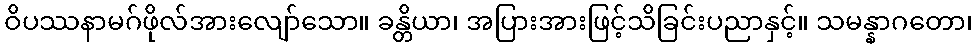
ဝိပဿနာမဂ်ဖိုလ်အားလျော်သော။ ခန္တိယာ၊ အပြားအားဖြင့်သိခြင်းပညာနှင့်။ သမန္နာဂတော၊